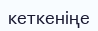
кеткеніңе